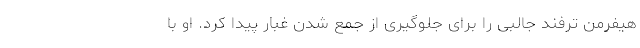
هیفرمن ترفند جالبی را برای جلوگیری از جمع شدن غبار پیدا کرد. او با